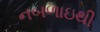
નબળાઇથી